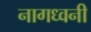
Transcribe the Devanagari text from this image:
नागध्वनी